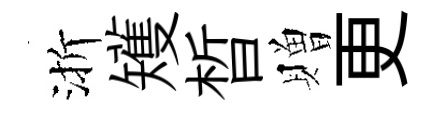
渐矱晳贈更